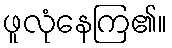
ဖူလုံနေကြ၏။